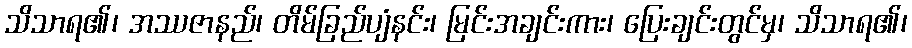
သိသာရ၏၊ အဿဇာနည်၊ တိမ်ခြည်ပျံနင်း၊ မြင်းအချင်းကား၊ ပြေးချင်းတွင်မှ၊ သိသာရ၏၊